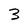
Character: 3